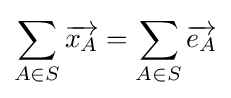
\sum _{A\in S}{\overrightarrow {x_{A}}}=\sum _{A\in S}{\overrightarrow {e_{A}}}